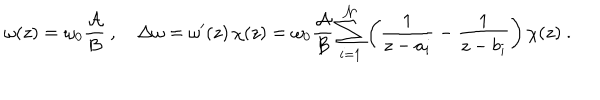
LaTeX: \omega ( z ) = \omega _ { 0 } { \frac { \cal A } { \cal B } } \ , \quad \Delta \omega = \omega ^ { \prime } ( z ) \, \chi ( z ) = \omega _ { 0 } { \frac { \cal A } { \cal B } } \sum _ { i = 1 } ^ { \cal N } \left( { \frac { 1 } { z - a _ { i } } } - { \frac { 1 } { z - b _ { i } } } \right) \chi ( z ) \ .